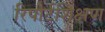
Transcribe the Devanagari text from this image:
रिपोर्टशिक्षण